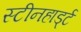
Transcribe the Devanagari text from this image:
स्टीनहार्ड्ट